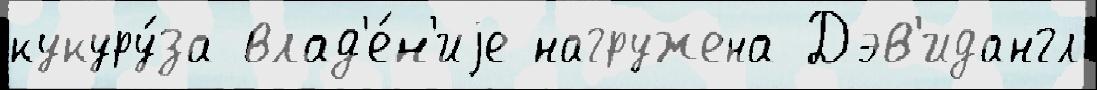
кукуру́за влад'е́н'иjе нагружена Дэв'идангл